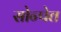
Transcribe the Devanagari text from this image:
सोन्पेत